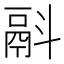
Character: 𩰮